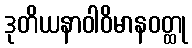
ဒုတိယနာဝါဝိမာနဝတ္ထု